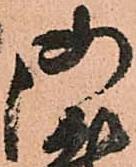
御